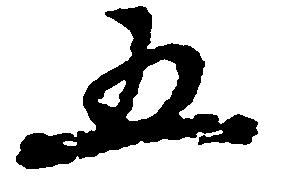
五